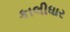
કાલીધાર